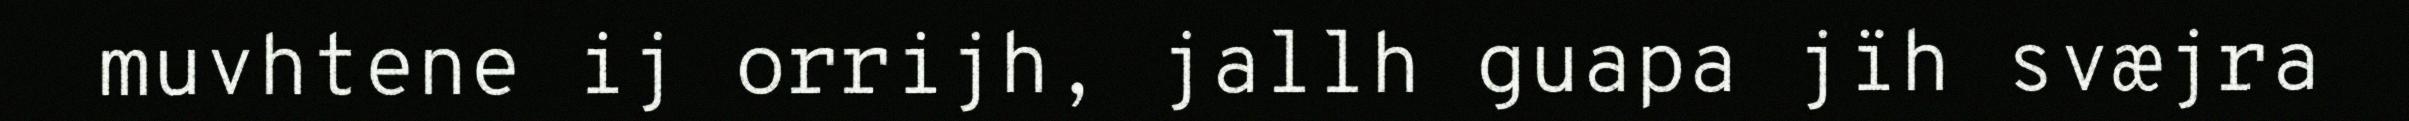
muvhtene ij orrijh, jallh guapa jïh svæjra